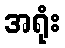
အရုံး